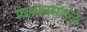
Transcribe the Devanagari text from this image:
विधानमंडळे